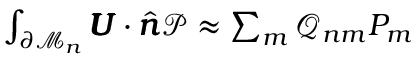
\begin{array} { r } { \int _ { \partial \mathcal { M } _ { n } } \pmb { U } \cdot \hat { \pmb { n } } \mathcal { P } \approx \sum _ { m } \mathcal { Q } _ { n m } P _ { m } } \end{array}